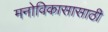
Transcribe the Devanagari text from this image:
मनोविकासासाठी